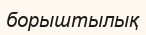
борыштылық